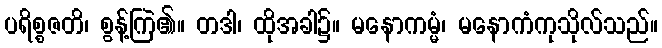
ပရိစ္စဇတိ၊ စွန့်ကြဲ၏။ တဒါ၊ ထိုအခါ၌။ မနောကမ္မံ၊ မနောကံကုသိုလ်သည်။